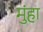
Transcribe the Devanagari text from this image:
मुंहा